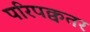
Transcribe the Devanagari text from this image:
परिपक्वतर